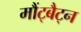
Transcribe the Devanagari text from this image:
मौंट्बैट्न